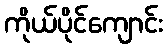
ကိုယ်ပိုင်ကျောင်း